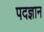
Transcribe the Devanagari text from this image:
पदज्ञान